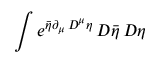
\int e ^ { { \bar { \eta } } \partial _ { \mu } \, D ^ { \mu } \eta } \, D { \bar { \eta } } \, D \eta